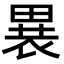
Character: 𬏋